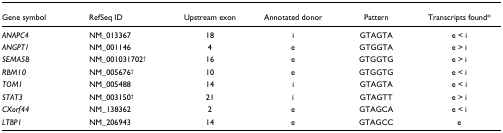
| Gene symbol | RefSeq ID | Upstream exon | Annotated donor | Pattern | Transcripts found* |
 | --- | --- | --- | --- | --- | --- |
 | ANAPC4 | NM_013367 | 18 | i | GTAGTA | e < i |
 | ANGPT1 | NM_001146 | 4 | e | GTGGTA | e > i |
 | SEMA5B | NM_001031702† | 16 | e | GTGGTG | e > i |
 | RBM10 | NM_005676† | 10 | e | GTGGTG | e < i |
 | TOM1 | NM_005488 | 14 | i | GTAGTA | e < i |
 | STAT3 | NM_003150† | 21 | i | GTAGTT | e > i |
 | CXorf44 | NM_138362 | 2 | e | GTAGCA | e < i |
 | LTBP1 | NM_206943 | 14 | e | GTAGCC | e |